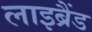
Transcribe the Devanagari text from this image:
लाइब्रैंड